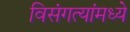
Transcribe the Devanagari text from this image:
विसंगत्यांमध्ये